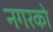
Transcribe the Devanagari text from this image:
नगरको